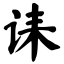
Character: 诔